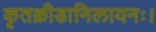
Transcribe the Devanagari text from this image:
कृतक्रीडानिलायनः।